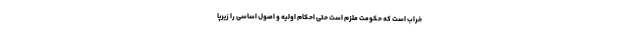
خراب است که حکومت ملزم است حتی احکام اولیه و اصول اساسی را زیرپا